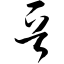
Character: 晋